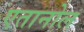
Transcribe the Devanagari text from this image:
एतानोल